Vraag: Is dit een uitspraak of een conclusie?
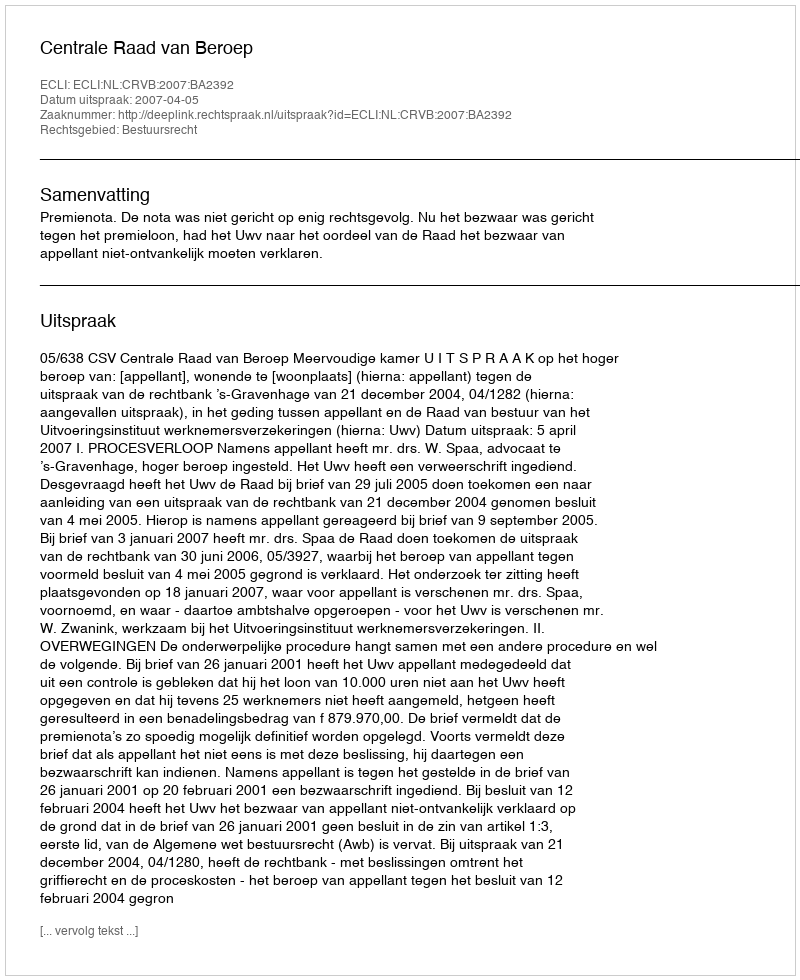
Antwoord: Uitspraak